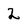
Character: 2